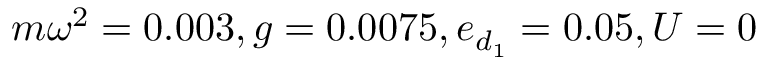
m \omega ^ { 2 } = 0 . 0 0 3 , g = 0 . 0 0 7 5 , e _ { d _ { 1 } } = 0 . 0 5 , U = 0